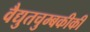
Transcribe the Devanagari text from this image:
वैद्युतचुम्बकीकी